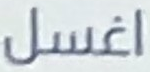
اغسل